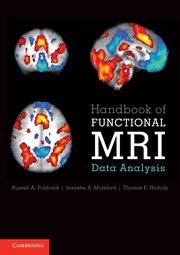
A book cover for Handbook of Functional MRI Data Analysis; Russell A. Poldrack; Medical Books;